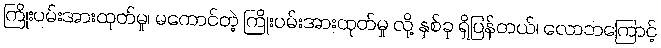
ကြိုးပမ်းအားထုတ်မှု၊ မကောင်တဲ့ ကြိုးပမ်းအားထုတ်မှု လို့ နှစ်ခု ရှိပြန်တယ်၊ လောဘကြောင့်